Civil Veterinary Dept. Assam report 1927-50 - 1927-1950
Year: 1927
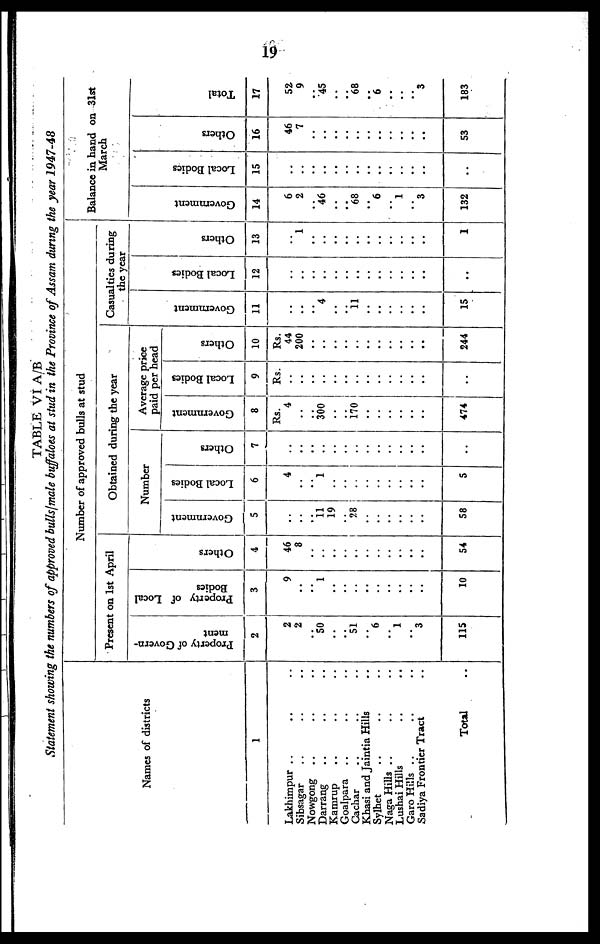
19
TABLE VI A/B
Statement showing the numbers of approved bulls/male buffaloes at stud in the Province of Assam during the year 1947-48
Names of districts
1
Lakhimpur .. .. ..
Sibsagar .. .. ..
Nowgong .. .. ..
Darrang .. .. ..
Kamrup .. .. ..
Goalpara .. .. ..
Cachar .. .. ..
Khasi and Jaintia Hills ..
Sylhet .. .. ..
Naga Hills .. .. ..
Lushai Hills .. ..
Garo Hills .. .. ..
Sadiya Frontier Tract ..
Total ..
Number of approved bulls at stud
Present on 1st April
Property of Govern-
ment
2
2
2
..
50
..
..
51
..
6
..
1
..
3
115
Property of Local
Bodies
3
9
..
..
1
..
..
..
..
..
..
..
..
..
10
Others
4
46
8
..
..
..
..
..
..
..
..
..
..
..
54
Obtained during the year
Number
Government
5
..
..
..
11
19
.. 28
..
..
..
..
..
..
58
Local Bodies
6
4
..
..
1
..
..
..
..
..
..
..
..
..
5
Others
7
..
..
..
..
..
..
..
..
..
..
..
..
..
..
Average price
paid per head
Government
8
Rs.
4
..
..
300
..
.. 170
..
..
..
..
..
..
474
Local Bodies
9
Rs.
..
..
..
..
..
..
..
..
..
..
..
..
..
..
Others
10
Rs.
44
200
..
..
..
..
..
..
..
..
..
..
..
244
Casualties during
the year
Go v e rn
me n t
11
..
..
..
4
..
..
11
..
..
..
..
..
..
15
Local Bodi es
12
..
..
..
..
..
..
..
..
..
..
..
..
..
..
Others
13
..
1
..
..
..
..
..
..
..
..
..
..
..
1
Balance in hand on 31st
March
Go v e rn
me n t
14
6
2
..
46
..
.. 68
..
6
..
1
..
3
132
Local Bodi es
15
..
..
..
..
..
..
..
..
..
..
..
..
..
..
Others
16
46
7
..
..
..
..
..
..
..
..
..
..
..
53
Tot al
17
52
9
.. 45
..
..
68
..
6
..
..
..
3
183